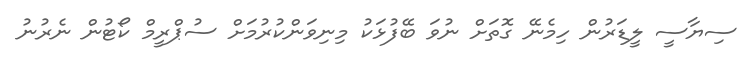
ސިޔާސީ ލީޑަރުން ހިމެނޭ ގޮތަށް ނުވަ ބޭފުޅަކު މިނިވަންކުރުމަށް ސުޕްރީމް ކޯޓުން ނެރުނު